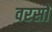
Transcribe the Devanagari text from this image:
वरसों